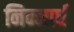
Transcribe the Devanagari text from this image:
निम्नार्ध